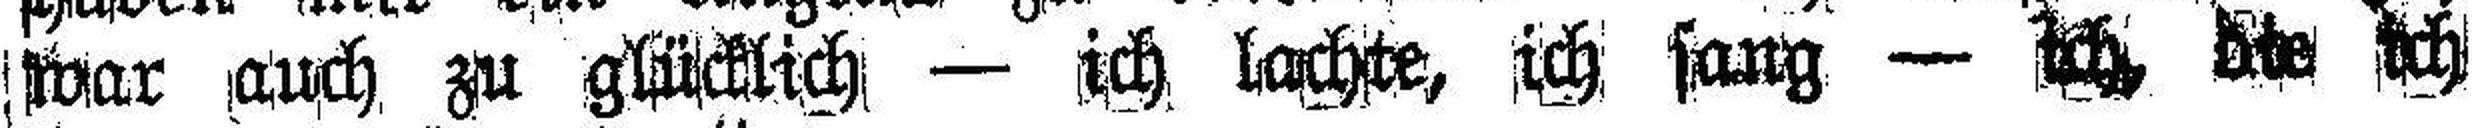
war auch zu glücklich — ich lachte, ich sang — ich, die ich